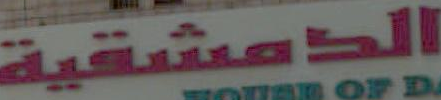
الدمشقية